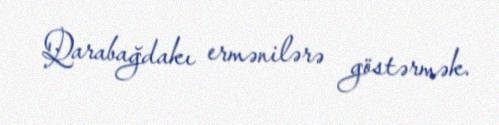
Qarabağdakı ermənilərə göstərmək.